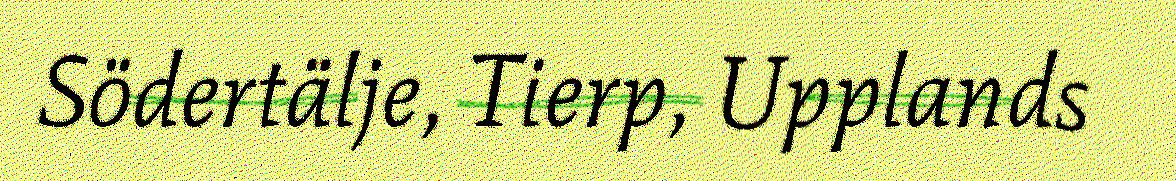
Södertälje, Tierp, Upplands